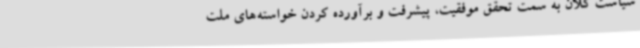
سیاست کلان به سمت تحقق موفقیت، پیشرفت و برآورده‌ کردن خواسته‌های ملت